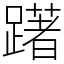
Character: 躇